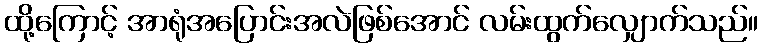
ထို့ကြောင့် အာရုံအပြောင်းအလဲဖြစ်အောင် လမ်းထွက်လျှောက်သည်။